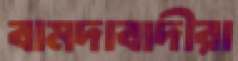
বামদাবাদীরা